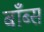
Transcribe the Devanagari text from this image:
बाँब्स